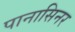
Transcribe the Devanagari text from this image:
पानासिनर